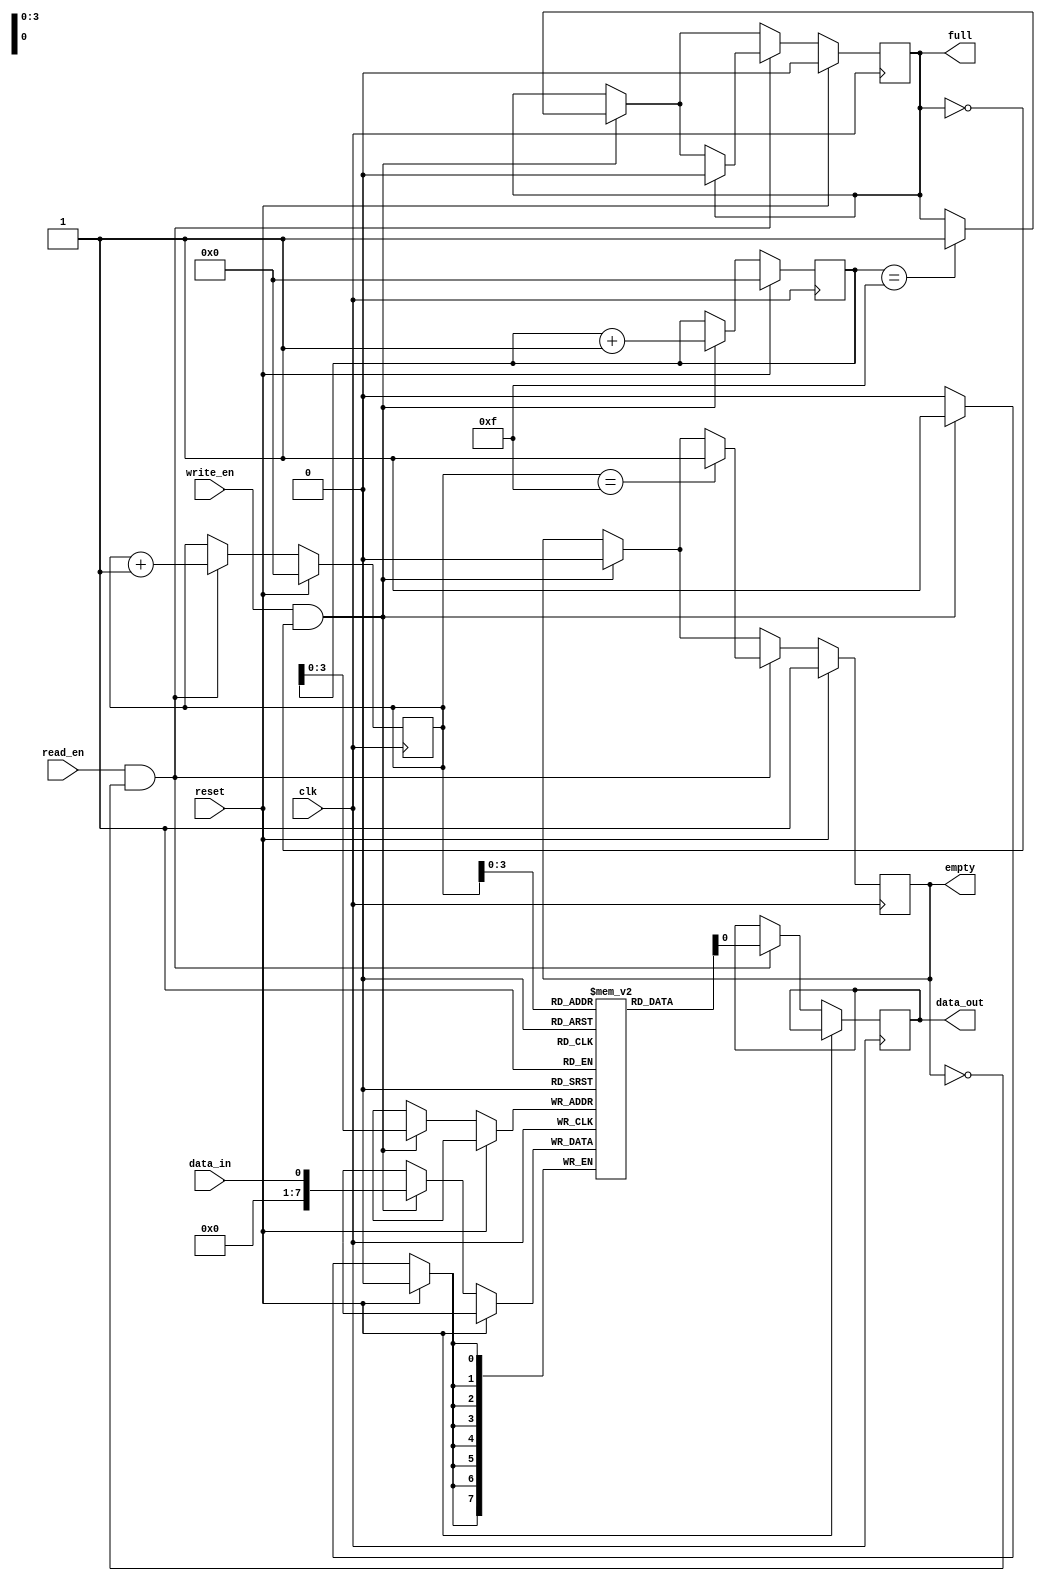
module asynchronous_fifo (
  input clk,          // clock
  input reset,        // reset
  input read_en,      // read enable
  input write_en,     // write enable
  input data_in,      // input data
  output reg data_out, // output data
  output reg full,     // full flag
  output reg empty     // empty flag
);

// Parameters for FIFO depth and almost full/empty flags
parameter DEPTH = 16;
parameter ALMOST_FULL = DEPTH - 2;
parameter ALMOST_EMPTY = 2;

// Define read and write pointers using registers
reg [DEPTH-1:0] read_ptr, write_ptr;

// Define FIFO memory using register-based circular buffer
reg [7:0] fifo_mem [DEPTH-1:0];

// Control logic for handling read and write operations
always @(posedge clk) begin
  if (reset) begin
    read_ptr <= 0;
    write_ptr <= 0;
    full <= 0;
    empty <= 1;
  end else begin
    if (write_en && !full) begin
      fifo_mem[write_ptr] <= data_in;
      write_ptr <= write_ptr + 1;
      if (write_ptr == DEPTH-1) begin
        full <= 1;
      end
      if (empty) begin
        empty <= 0;
      end
    end
    
    if (read_en && !empty) begin
      data_out <= fifo_mem[read_ptr];
      read_ptr <= read_ptr + 1;
      if (read_ptr == DEPTH-1) begin
        empty <= 1;
      end
      if (full) begin
        full <= 0;
      end
    end
  end
end

// Optional features such as almost full/empty flags
assign almost_full = (write_ptr == ALMOST_FULL) ? 1 : 0;
assign almost_empty = (read_ptr == ALMOST_EMPTY) ? 1 : 0;

endmodule